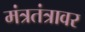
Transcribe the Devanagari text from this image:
मंत्रतंत्रावर